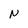
Character: N